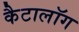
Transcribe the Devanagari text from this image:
कैटालॉग